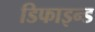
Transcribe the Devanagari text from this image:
डिफाइन्ड